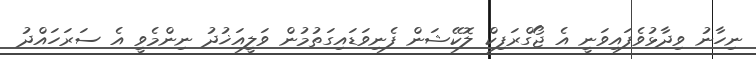
ނިހާނު ވިދާޅުވެފައިވަނީ އެ ޖޯގްރަފިކް ލޮކޭޝަން ފެނިވަޑައިގަތުމުން ވަލީއަޚުދު ނިންމެވީ އެ ސަރަހައްދު